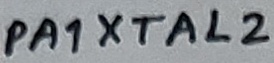
Text: PA1XTAL2